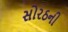
સોરઠની